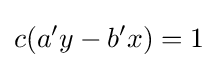
c(a'y-b'x)=1